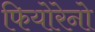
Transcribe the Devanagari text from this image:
फियोरेनो